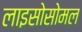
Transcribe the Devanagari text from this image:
लाइसोसोमल